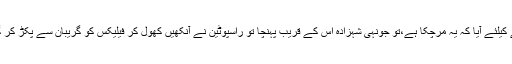
کچھ دیر کے بعد جب فیلیکس اس کو چیک کرنے کیلئے آیا کہ یہ مرچکا ہے،تو جونہی شہزادہ اس کے قریب پہنچا تو راسپوٹین نے آنکھیں کھول کر فیلیکس کو گریبان سے پکڑ کر گالیاں دینا شروع کردیں اور جھنجوڑ کر رکھ دیا۔